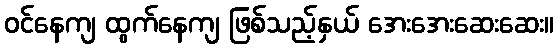
ဝင်နေကျ ထွက်နေကျ ဖြစ်သည့်နှယ် အေးအေးဆေးဆေး။